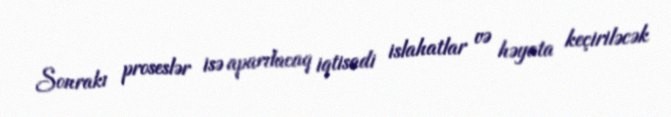
Sonrakı proseslər isə aparılacaq iqtisadi islahatlar və həyata keçiriləcək